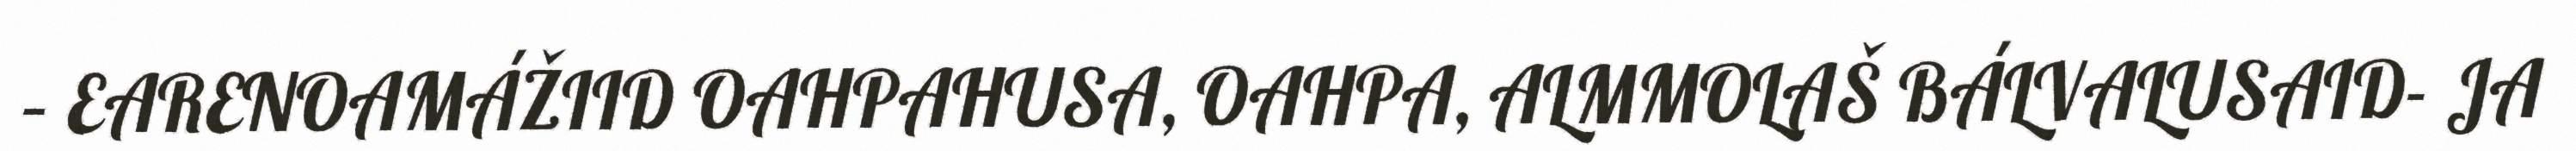
– EARENOAMÁŽIID OAHPAHUSA, OAHPA, ALMMOLAŠ BÁLVALUSAID- JA